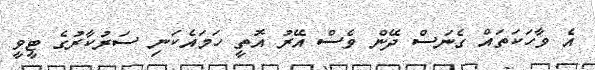
އެ ވާހަކަތައް ގެނަސް ދޭން ވެސް އޭރު އޮތީ ހަމައެކަނި ސަރުކާރުގެ ޓީވީ